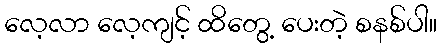
လေ့လာ လေ့ကျင့် ထိတွေ့ ပေးတဲ့ စနစ်ပါ။